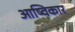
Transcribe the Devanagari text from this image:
आष्विकार